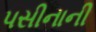
પસીનાની